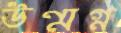
উন্মগ্ন